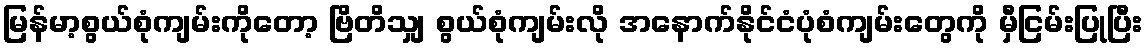
မြန်မာ့စွယ်စုံကျမ်းကိုတော့ ဗြိတိသျှ စွယ်စုံကျမ်းလို အနောက်နိုင်ငံပုံစံကျမ်းတွေကို မှီငြမ်းပြုပြီး